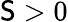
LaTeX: \mathsf{S}>0